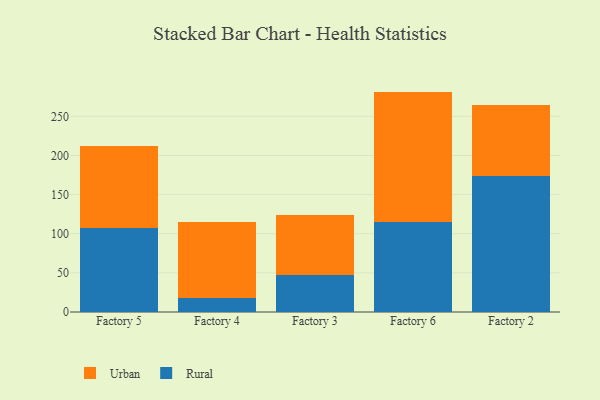
{"axis": {"x": "Factory", "y": "Page Views"}, "legend": ["Rural", "Urban"], "data": [{"x": "Factory 5", "y": 107.1, "type": "Rural"}, {"x": "Factory 5", "y": 105.5, "type": "Urban"}, {"x": "Factory 4", "y": 18.3, "type": "Rural"}, {"x": "Factory 4", "y": 96.1, "type": "Urban"}, {"x": "Factory 3", "y": 47.4, "type": "Rural"}, {"x": "Factory 3", "y": 76.8, "type": "Urban"}, {"x": "Factory 6", "y": 114.6, "type": "Rural"}, {"x": "Factory 6", "y": 167.0, "type": "Urban"}, {"x": "Factory 2", "y": 174.3, "type": "Rural"}, {"x": "Factory 2", "y": 90.2, "type": "Urban"}]}